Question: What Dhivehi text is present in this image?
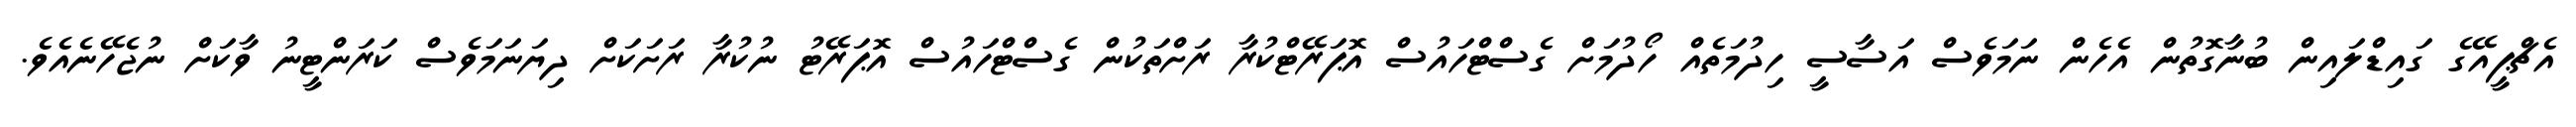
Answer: އެޗްޕީއޭގެ ގައިޑްލައިން ބުނާގޮތުން އެހެން ނަމަވެސް އަސާސީ ހިދުމަތެއް ހޯދުމަށް ގެސްޓްހައުސް އޮޕަރޭޓްކުރާ ރަށްތަކުން ގެސްޓްހައުސް އޮޕަރޭޓު ނުކުރާ ރަށަކަށް ދިޔަނަމަވެސް ކަރަންޓީނު ވާކަށް ނުޖެހޭނެއެވެ.